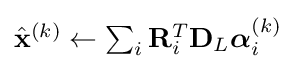
{\textstyle {\hat {\mathbf {x} }}^{(k)}\gets \sum _{i}\mathbf {R} _{i}^{T}\mathbf {D} _{L}{\boldsymbol {\alpha }}_{i}^{(k)}}